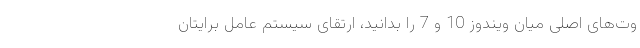
وت‌های اصلی میان ویندوز 10 و 7 را بدانید، ارتقای سیستم عامل برایتان